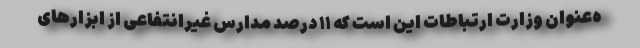
ه‌عنوان وزارت ارتباطات این است که ۱۱ درصد مدارس غیرانتفاعی از ابزارهای